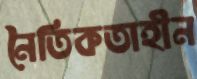
নৈতিকতাহীন